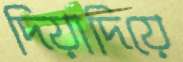
দিয়াদিয়ে